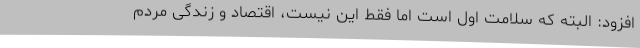
افزود: البته که سلامت اول است اما فقط این نیست، اقتصاد و زندگی مردم